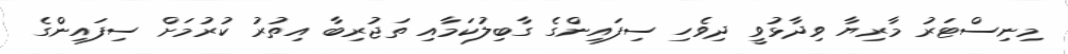
މިނިސްޓަރު މާރިޔާ ވިދާޅުވީ ދިވެހި ސިފައިންގެ ގާބިލުކަމާއި ތަޖުރިބާ އިތުރު ކުރުމަށް ސިފައިންގެ